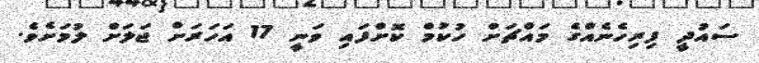
ސައުދީ ފިރިހެނެއްގެ މައްޗަށް ހުކުމް ކޮށްފައި ވަނީ 17 އަހަރަށް ޖަލަށް ލުމަށެވެ.